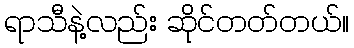
ရာသီနဲ့လည်း ဆိုင်တတ်တယ်။